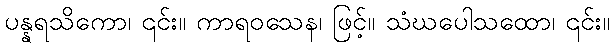
ပန္နရသိကော၊ ၎င်း။ ကာရဝသေန၊ ဖြင့်။ သံဃပေါသထော၊ ၎င်း။